Leaving Certificate, 1896
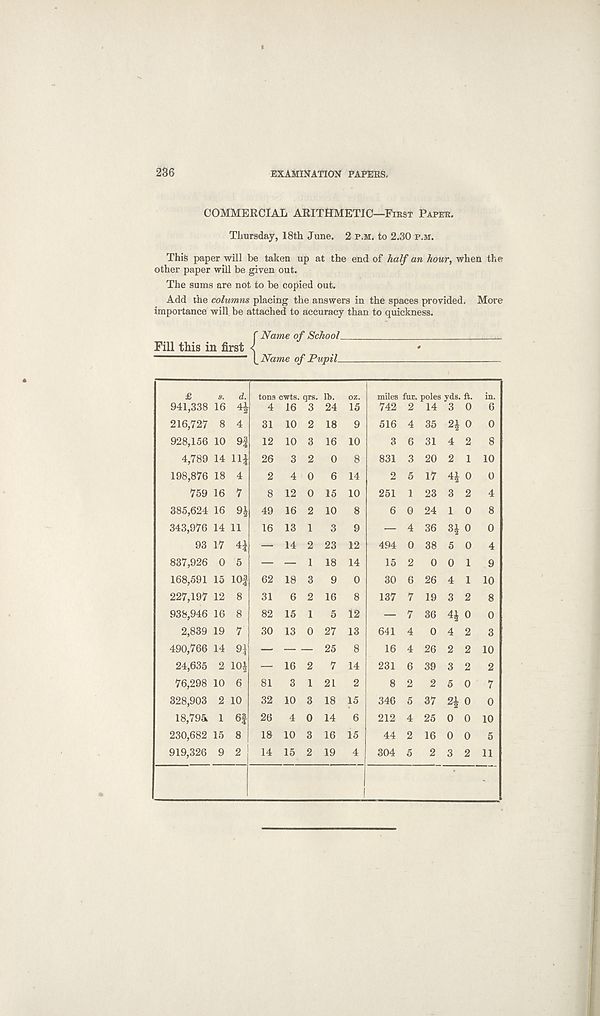
236
EXAMINATION PAPERS,
COMMERCIAL ARITHMETIC—First Paper.
Thursday, 18th June. 2 p.m. to 2.30 p.m.
This paper will be taken up at the end of half an hour, when the
other paper will be given out.
The sums are not to be copied out.
Add the columns placing the answers in the spaces provided. More
importance will be attached to accuracy than to quickness.
{Name of School
'
Name of Pupil